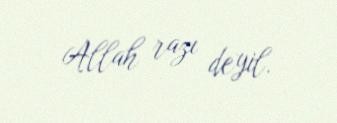
Allah razı deyil.